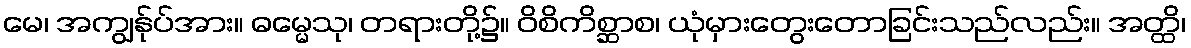
မေ၊ အကျွန်ုပ်အား။ ဓမ္မေသု၊ တရားတို့၌။ ဝိစိကိစ္ဆာစ၊ ယုံမှားတွေးတောခြင်းသည်လည်း။ အတ္ထိ၊